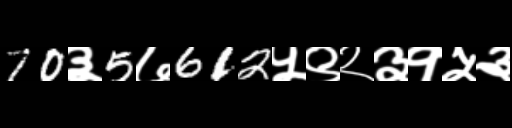
Text: 70३5७612५९२३१५३